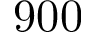
9 0 0